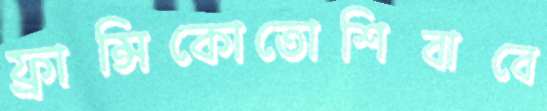
ফ্রান্সিকোতোশিবাবে